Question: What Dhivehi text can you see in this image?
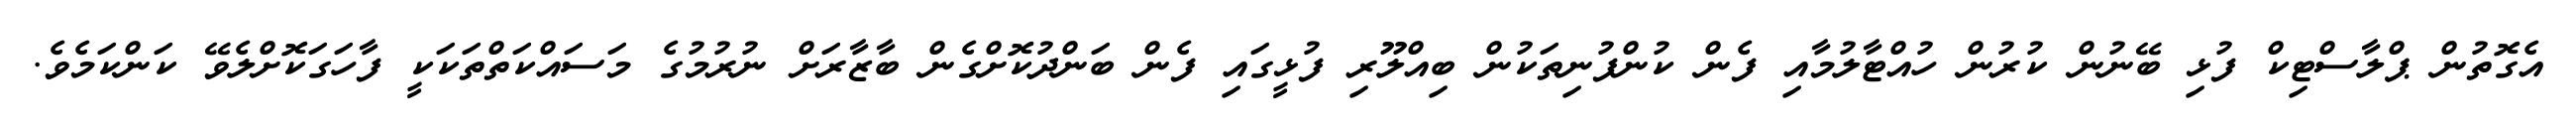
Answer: އެގޮތުން ޕްލާސްޓިކް ފުޅި ބޭނުން ކުރުން ހުއްޓާލުމާއި ފެން ކުންފުނިތަކުން ބިއްލޫރި ފުޅީގައި ފެން ބަންދުކޮށްގެން ބާޒާރަށް ނުރުމުގެ މަސައްކަތްތަކަކީ ފާހަގަކޮށްލެވޭ ކަންކަމެވެ.